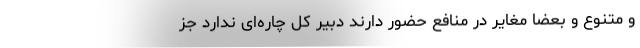
و متنوع و بعضا مغایر در منافع حضور دارند دبیر کل چاره‌ای ندارد جز